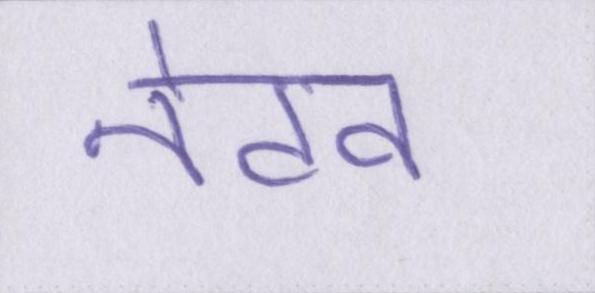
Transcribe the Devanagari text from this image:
नेटव